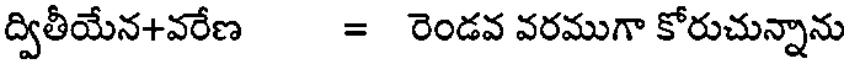
ద్వితీయేన+వరేణ = రెండవ వరముగా కోరుచున్నాను